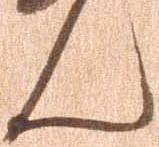
ん